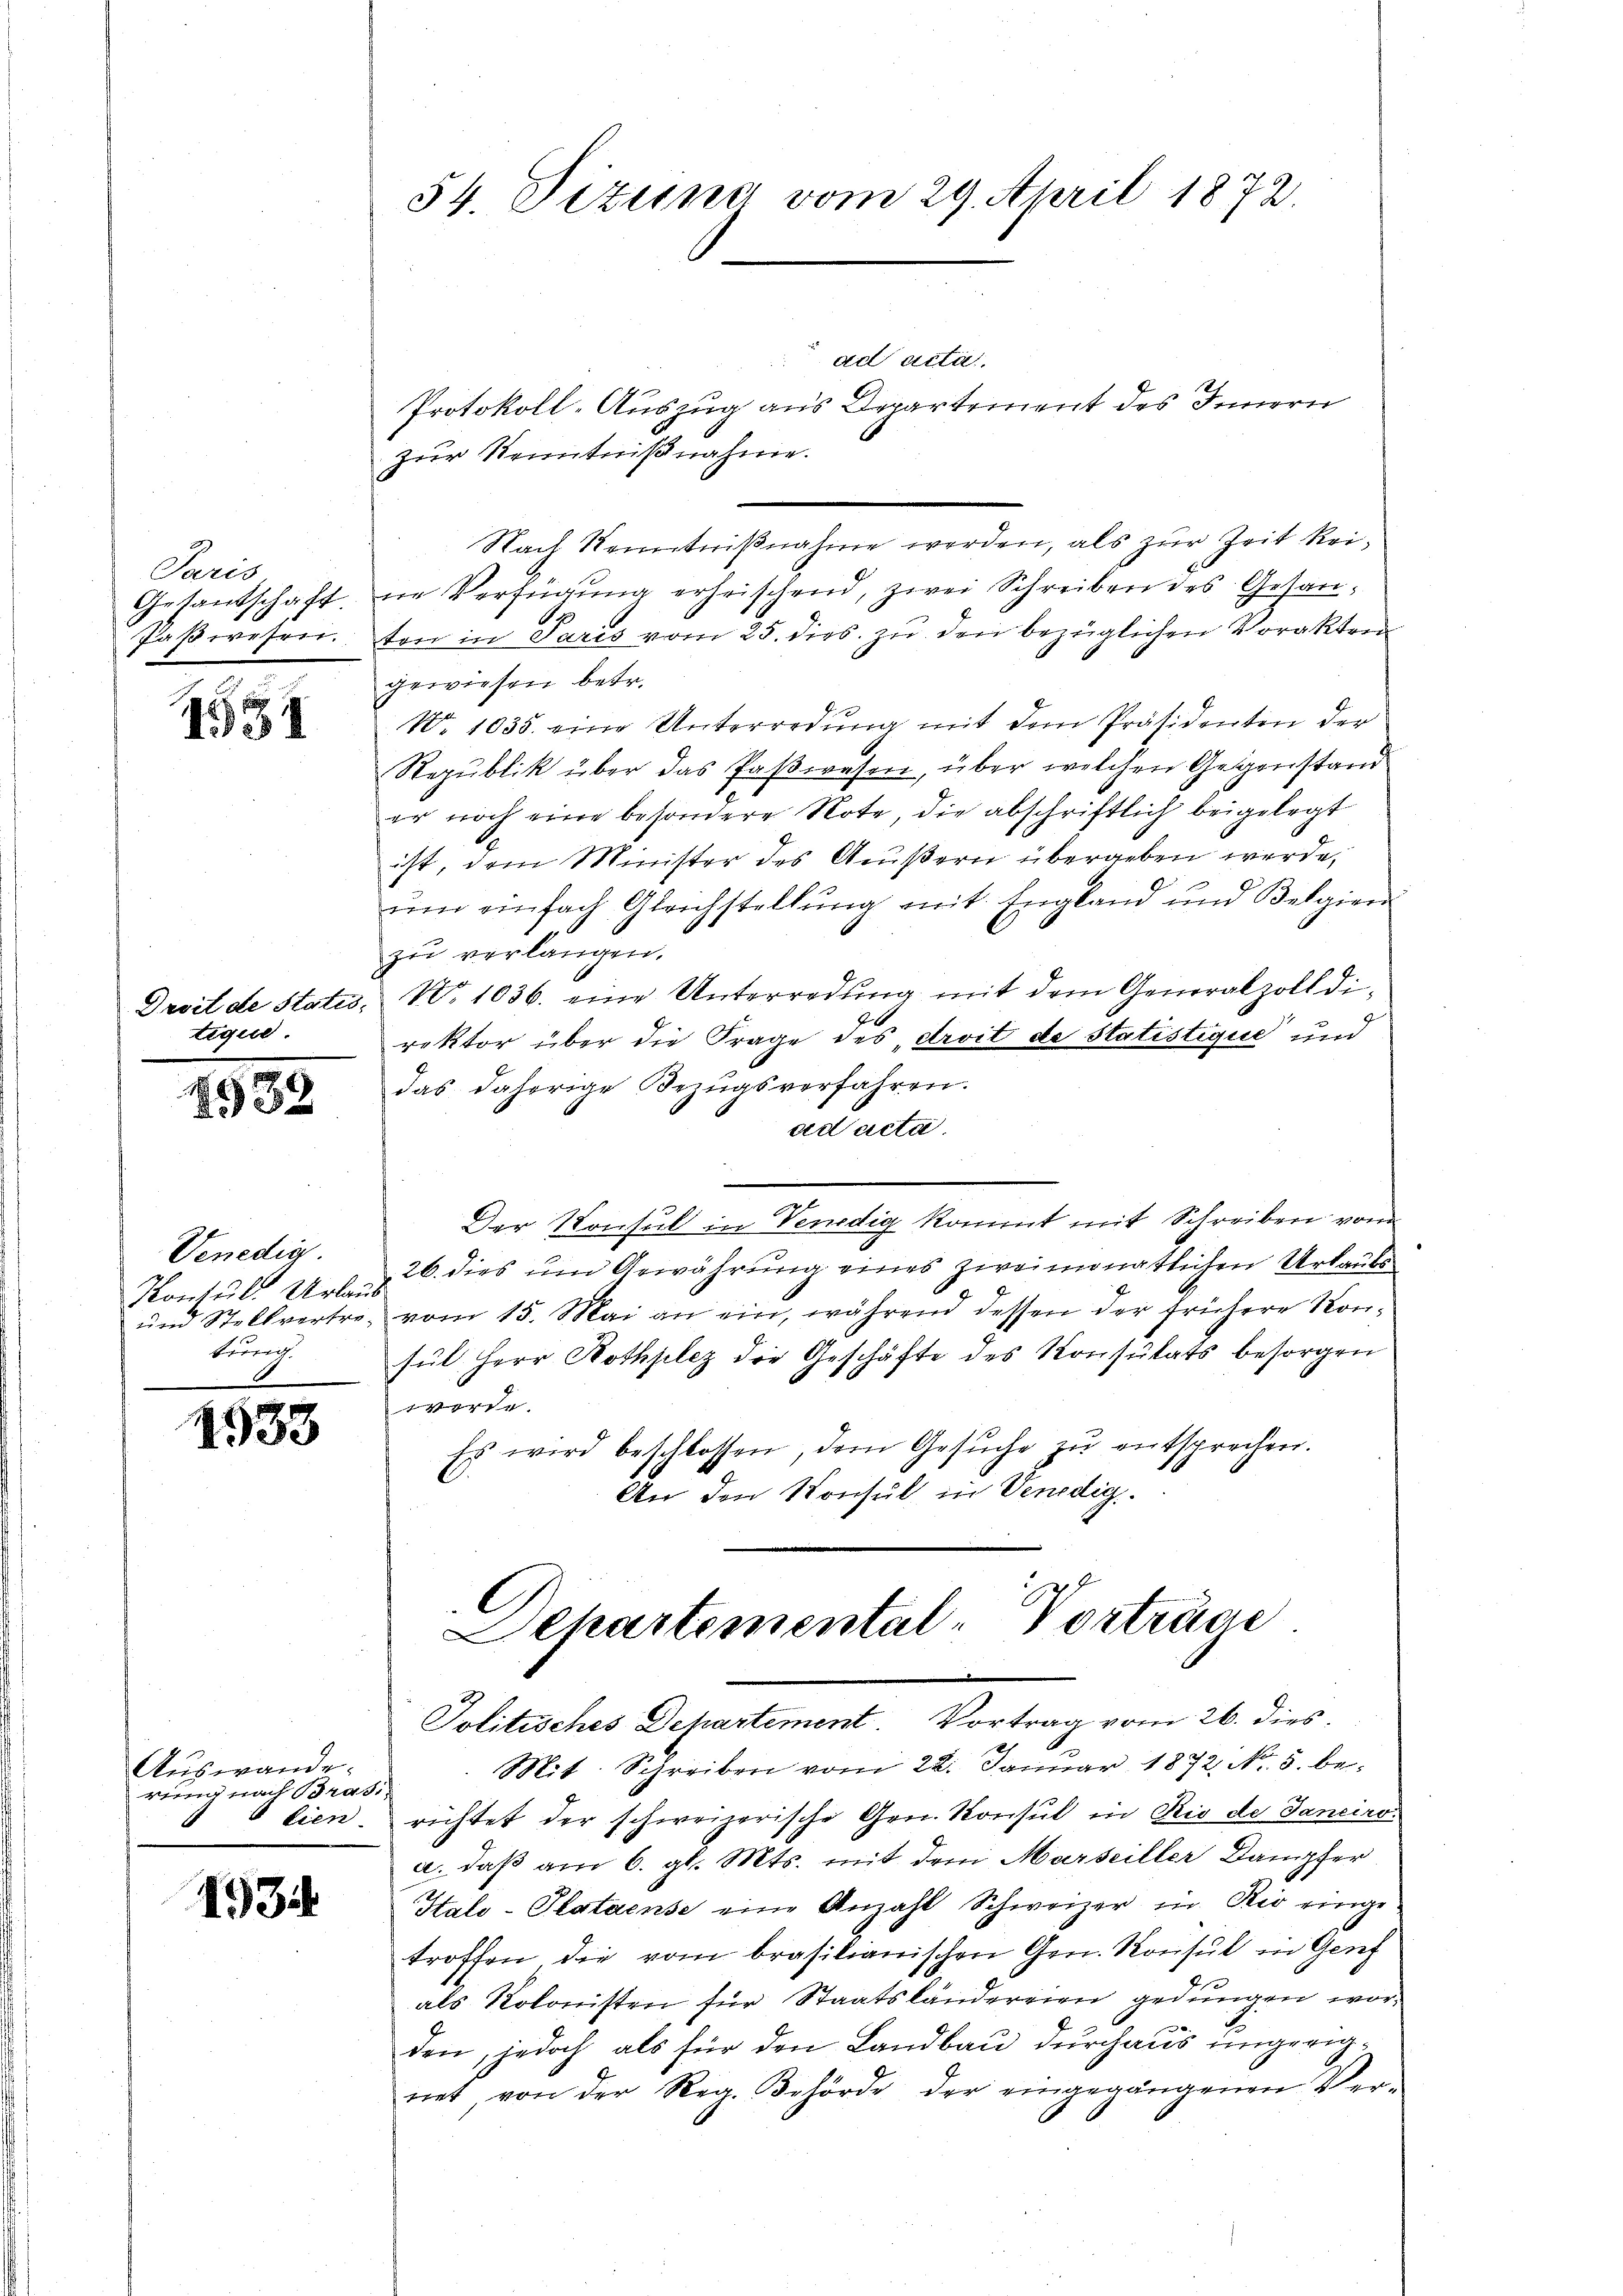
Paris
Gesandschaft
Paßwesen.

15

Droit de Statis,
tique

1938

Venedig.
Kontul Urlaub
und Stellvertreturig

2533

Auswande.
rung nach Brasitien

1934

54 Dizung vom 29. April 1872

ad acta.
Protokoll-Auszug aus Departement des Innern
zur Kenntnißnahme.
Nach Kenntnißnahme werden, als zur Zeit keine Verfügŭng erheischend, zwei Schreiben des Gesanten in Paris vom 25. dies zŭ den bezüglichen Vorakten
gewiesen betr.
No 1035. eine Unterredung mit dem Präsidenten der
Republik über das Paßwesen, über welchen Gegenstand
er noch eine besondere Note, die abschriftlich beigelegt
ist, dem Minister des Aeußern übergeben werde,
ŭm einfach Glachstellung mit England und Belgien
zu verlangen.
N. 1036. eine Unterredung mit dem Generalzoll di¬
6
rektor über die Frage des droit de statistigue und
das daherige Bezugsverfahren.
ad acta
Der Konsul in Venedig kommt mit Schreiben von
26. dies und Gewährung eines zweimonatlichen Urlaube
 vom 15. Mai an ein, während dessen der frühere Kon-
sül Herr Rothplez die Geschäfte des Konsulats besorgen
e
Es wird beschlossen, dem Gesŭche zŭ entsprechen.
An den Konsul in Vendig.
Eckhartemental-Vorträge
Politisches Departement. Vortrag vom 26. dies
Mit. Schreiben vom 22. Januar 1872 No. 5. berichtet der schweizerische Gen. Konsul in Rio de Janeiro
a. daß am 6. gl. Mts. mit dem Marseiller Dampfer
Kalo-Plataense eine Anzahl Schweizer in Rio einge
troffen die vom brasilianischen Gen. Konsul in Genf
als Kolonisten für Staatsländereien gedungen worden, jedoch als für den Landbau durchaus ungeeignet von der Reg. Behörde der eingegangenen Ver-